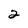
Character: 2